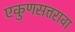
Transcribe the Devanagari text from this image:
एकुणसत्तरावा